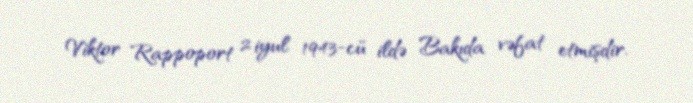
Viktor Rappoport 2 iyul 1943-cü ildə Bakıda vəfat etmişdir.